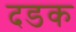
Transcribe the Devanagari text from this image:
दडक